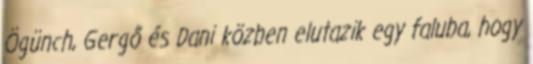
Ögünch, Gergő és Dani közben elutazik egy faluba, hogy